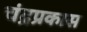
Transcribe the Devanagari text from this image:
चंद्रप्रकास